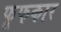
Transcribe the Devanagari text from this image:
फूफकार